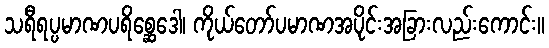
သရီရပ္ပမာဏပရိစ္ဆေဒေါ၊ ကိုယ်တော်ပမာဏအပိုင်းအခြားလည်းကောင်း။